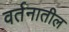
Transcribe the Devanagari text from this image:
वर्तनातील